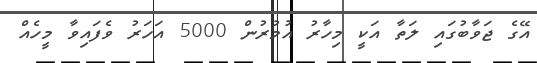
އޭގެ ޖަވާބުގައި ލަތާ އަކީ މިހާރު އުމުރުން 5000 އަހަރު ވެފައިވާ މީހެއް